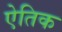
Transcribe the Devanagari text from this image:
ऐतिक